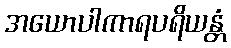
အယောပါကာရပရိယန္တံ